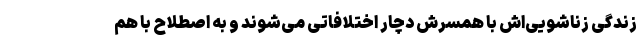
زندگی زناشویی‌اش با همسرش دچار اختلافاتی می‌شوند و به اصطلاح با هم